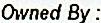
OWNED BY :